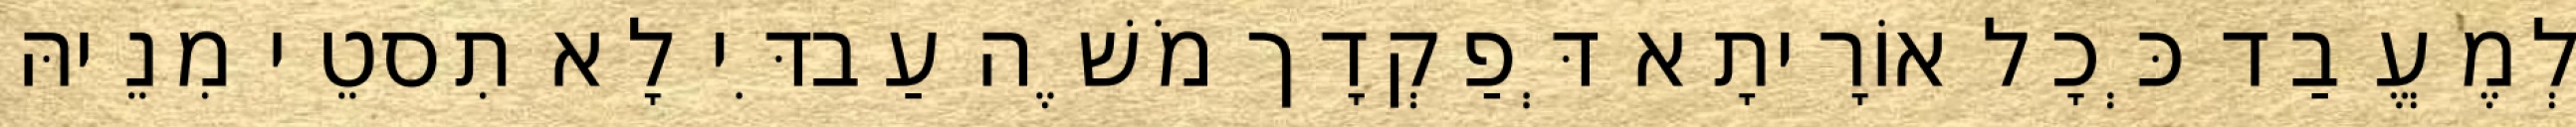
לְמֶעֱבַד כְּכָל אוֹרָיתָא דְּפַקְדָך מֹשֶׁה עַבדִּי לָא תִסטֵי מִנֵיהּ